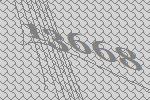
13668